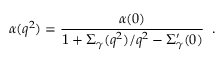
\alpha ( q ^ { 2 } ) = \frac { \alpha ( 0 ) } { 1 + \Sigma _ { \gamma } ( q ^ { 2 } ) / q ^ { 2 } - \Sigma _ { \gamma } ^ { \prime } ( 0 ) } \; \; .